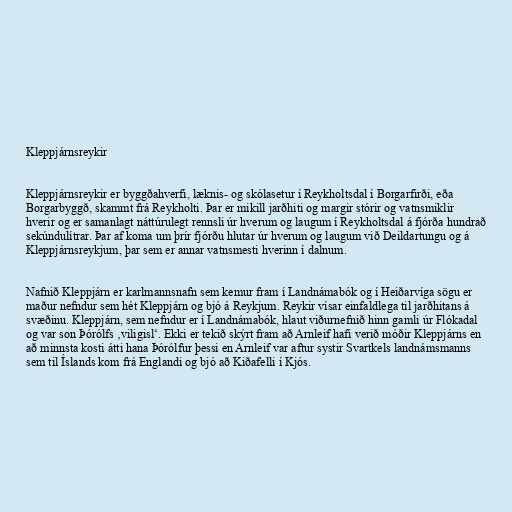
Kleppjárnsreykir

Kleppjárnsreykir er byggðahverfi, læknis- og skólasetur í Reykholtsdal í Borgarfirði, eða
Borgarbyggð, skammt frá Reykholti. Þar er mikill jarðhiti og margir stórir og vatnsmiklir
hverir og er samanlagt náttúrulegt rennsli úr hverum og laugum í Reykholtsdal á fjórða hundrað
sekúndulítrar. Þar af koma um þrír fjórðu hlutar úr hverum og laugum við Deildartungu og á
Kleppjárnsreykjum, þar sem er annar vatnsmesti hverinn í dalnum.

Nafnið Kleppjárn er karlmannsnafn sem kemur fram í Landnámabók og í Heiðarvíga sögu er
maður nefndur sem hét Kleppjárn og bjó á Reykjum. Reykir vísar einfaldlega til jarðhitans á
svæðinu. Kleppjárn, sem nefndur er í Landnámabók, hlaut viðurnefnið hinn gamli úr Flókadal
og var son Þórólfs ‚viligisl‘. Ekki er tekið skýrt fram að Arnleif hafi verið móðir Kleppjárns en
að minnsta kosti átti hana Þórólfur þessi en Arnleif var aftur systir Svartkels landnámsmanns
sem til Íslands kom frá Englandi og bjó að Kiðafelli í Kjós.